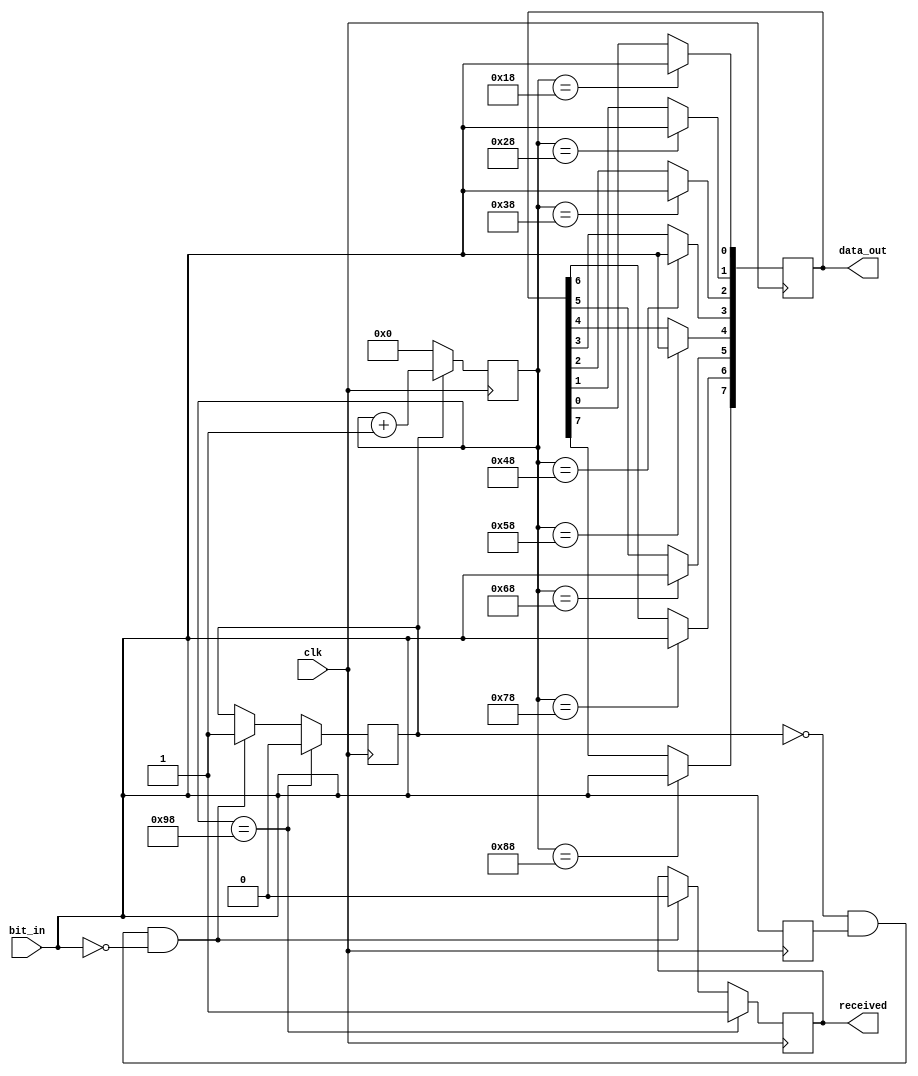
`timescale 1ns / 1ps
//////////////////////////////////////////////////////////////////////////////////
// Company: 
// Engineer: 
// 
// Design Name: 
// Module Name: receiver
// Project Name: 
// Target Devices: 
// Tool Versions: 
// Description: 
// 
// Dependencies: 
// 
// Revision:
// Revision 0.01 - File Created
// Additional Comments:
// 
//////////////////////////////////////////////////////////////////////////////////


module receiver(
    output reg received,
    output reg [7:0] data_out,
    input clk,
    input bit_in
    );

reg last_bit;
reg receiving = 0;
reg [7:0] count;

always@(posedge clk)
begin
    if (~receiving & last_bit & ~bit_in) 
    begin
        receiving <= 1;
        received <= 0;
        count <= 0;
    end

    last_bit <= bit_in;
  
    if (receiving) count <= count + 1;
    else count <= 0;
    
    case (count)
        8'd24: data_out[0] <= bit_in;
        8'd40: data_out[1] <= bit_in;
        8'd56: data_out[2] <= bit_in;
        8'd72: data_out[3] <= bit_in;
        8'd88: data_out[4] <= bit_in;
        8'd104: data_out[5] <= bit_in;
        8'd120: data_out[6] <= bit_in;
        8'd136: data_out[7] <= bit_in;
        8'd152: begin
            received <= 1;
            receiving <= 0;
        end
    endcase
end

endmodule